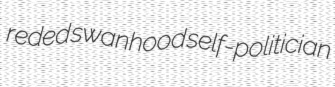
reded swanhood self-politician